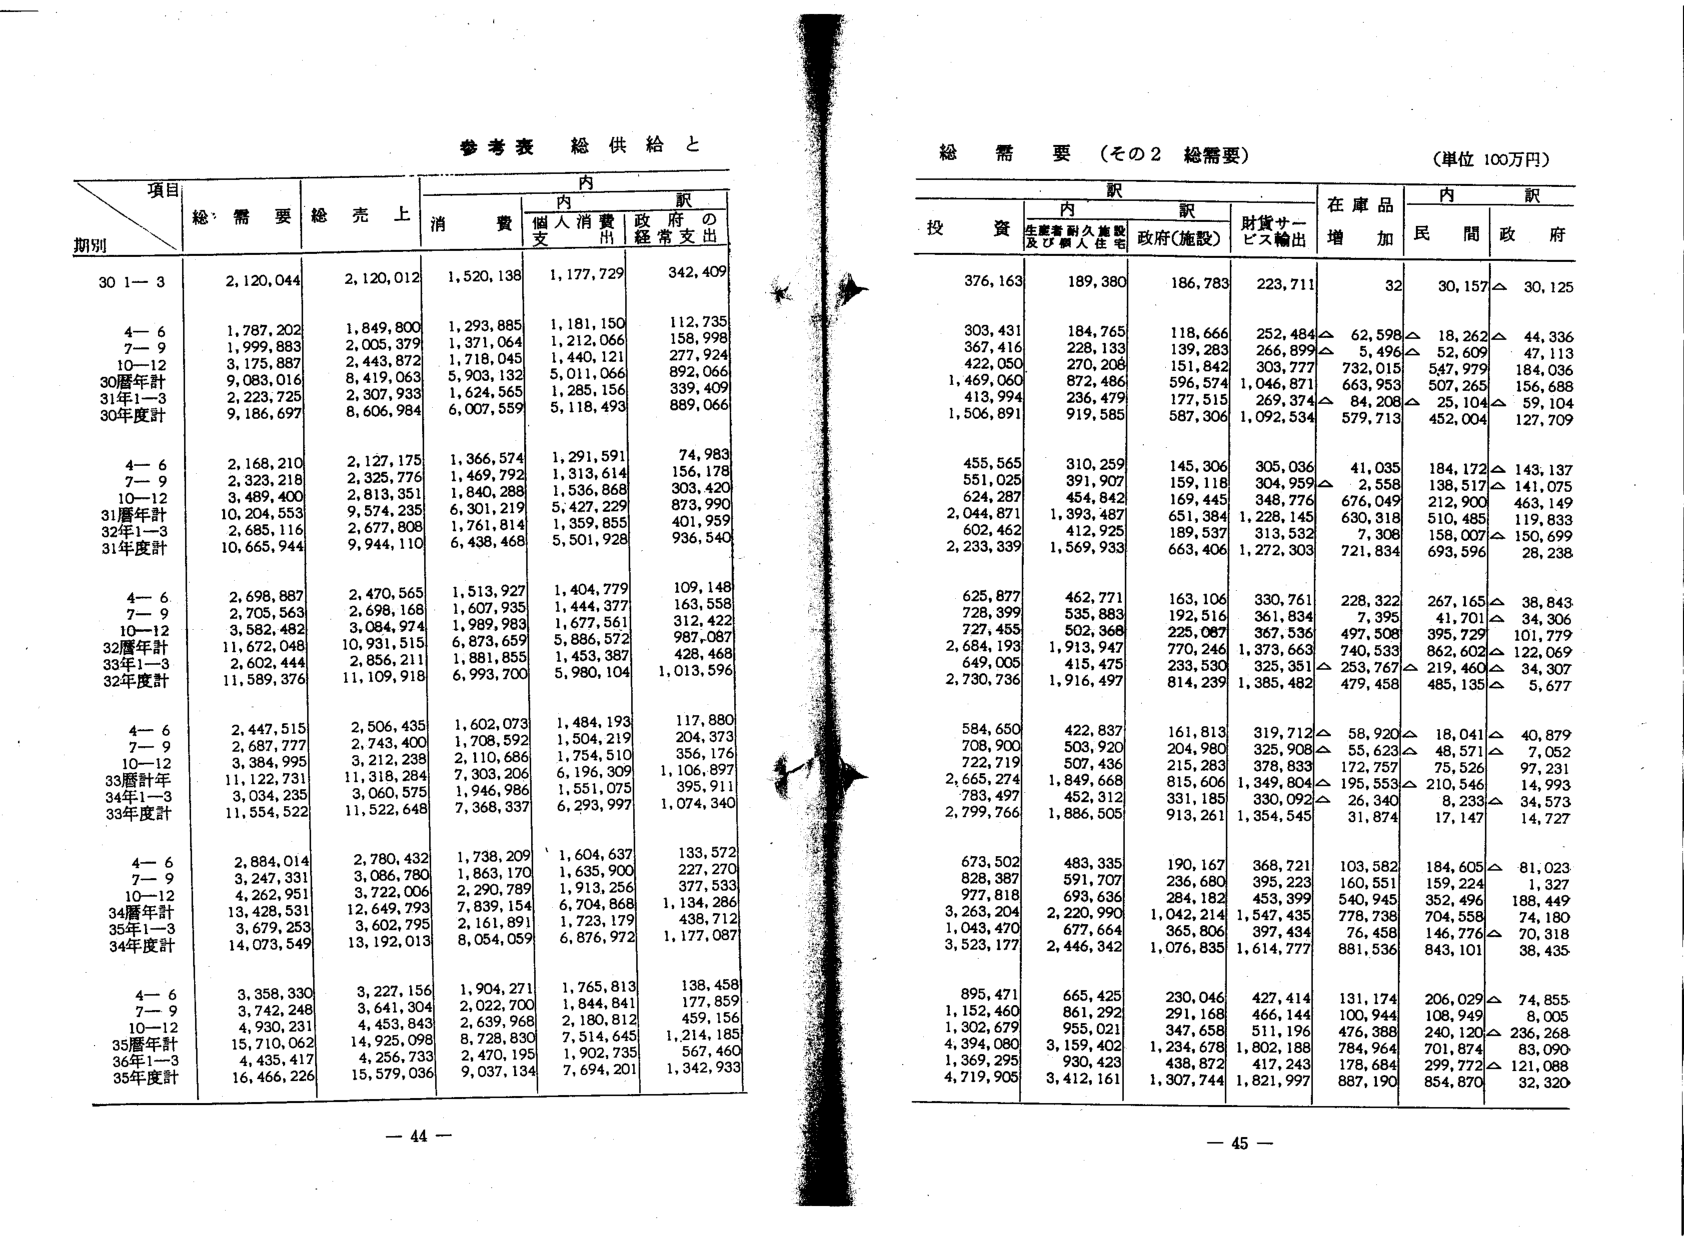
参考表 総供給と

項目
期別
総需要
総売上
内訳
消費
個人消費支出
政府の経常支出

30年1-3
2,120,044
2,120,012
1,520,138
1,177,729
342,409

4-6
1,787,202
1,849,800
1,293,885
1,181,150
112,735

7-9
1,999,883
2,005,379
1,371,064
1,212,066
158,998

10-12
3,175,887
2,443,872
1,718,045
1,440,121
277,924

30暦年計
9,083,016
8,419,063
5,903,132
5,011,066
892,066

31年1-3
2,223,725
2,307,933
1,624,565
1,285,156
339,409

30年度計
9,186,697
8,606,984
6,007,559
5,118,493
889,066

4-6
2,168,210
2,127,175
1,366,574
1,291,591
74,983

7-9
2,323,218
2,325,776
1,469,792
1,313,614
156,178

10-12
3,489,400
2,813,351
1,840,288
1,536,868
303,420

31暦年計
10,204,553
9,574,233
6,301,219
5,427,229
873,990

32年1-3
2,685,116
2,677,808
1,761,814
1,359,855
401,959

31年度計
10,665,944
9,944,110
6,438,468
5,501,928
936,540

4-6
2,698,887
2,470,565
1,513,927
1,404,779
109,148

7-9
2,705,563
2,698,168
1,607,935
1,444,377
163,558

10-12
3,582,482
3,084,974
1,989,983
1,677,561
312,422

32暦年計
11,672,048
10,931,515
6,873,659
5,886,572
987,087

33年1-3
2,602,444
2,856,211
1,881,855
1,453,387
428,468

32年度計
11,589,376
11,109,918
6,993,700
5,980,104
1,013,596

4-6
2,447,515
2,506,435
1,602,073
1,484,193
117,880

7-9
2,687,777
2,743,400
1,708,592
1,504,219
204,373

10-12
3,384,995
3,212,238
2,110,686
1,754,510
356,176

33暦年計
11,122,731
11,318,284
7,303,206
6,196,309
1,106,897

34年1-3
3,034,235
3,060,575
1,946,986
1,551,075
395,911

33年度計
11,554,522
11,522,648
7,368,337
6,293,997
1,074,340

4-6
2,884,014
2,780,432
1,738,209
1,604,637
133,572

7-9
3,247,331
3,086,780
1,863,170
1,635,900
227,270

10-12
4,262,951
3,722,006
2,290,789
1,913,256
377,533

34暦年計
13,428,531
12,649,793
7,839,154
6,704,868
1,134,286

35年1-3
3,679,253
3,602,795
2,161,891
1,723,179
438,712

34年度計
14,073,549
13,192,013
8,054,059
6,876,972
1,177,087

4-6
3,358,330
3,227,156
1,904,271
1,765,813
138,458

7-9
3,742,248
3,641,304
2,022,700
1,844,841
177,859

10-12
4,930,231
4,453,843
2,639,968
2,180,812
459,156

35暦年計
15,710,062
14,925,098
8,728,830
7,514,645
1,214,185

36年1-3
4,435,417
4,256,733
2,470,195
1,902,735
567,460

35年度計
16,466,226
15,579,036
9,037,134
7,694,201
1,342,933

- 44 -

総需要（その2 総需要）
（単位 100万円）

投 資
内訳
生産者耐久施設及び個人住宅
政府（施設）
財貨サービス輸出
在庫品増加
内訳
民間
政府

376,163
189,380
186,783
223,711
32
30,157△
30,125

303,431
184,765
118,666
252,484△
62,598△
18,262△
44,336

367,416
228,133
139,283
266,899△
5,496△
52,609
47,113

422,050
270,208
151,842
303,777
732,015
547,979
184,036

1,469,060
872,486
596,574
1,046,871
663,953
507,265
156,688

413,994
236,479
177,515
269,374△
84,208△
25,104△
59,104

1,506,891
919,585
587,306
1,092,534
579,713
452,004
127,709

455,565
310,259
145,306
305,036
41,035
184,172△
143,137

551,025
391,907
159,118
304,959△
2,558
138,517△
141,075

624,287
454,842
169,445
348,776
497,049
212,900
463,149

2,044,871
1,393,487
651,384
1,228,145
630,318
510,485
119,833

602,462
412,925
189,537
313,532
7,308
158,007△
150,699

2,233,339
1,569,933
663,406
1,272,303
721,834
693,596
28,238

625,877
462,771
163,106
330,761
228,322
267,165△
38,843

728,399
535,883
192,516
361,834
7,395
41,701△
34,306

727,455
502,368
225,087
367,536
497,508
395,729
101,779

2,684,193
1,913,947
770,246
1,373,663
740,533
862,602△
122,069

649,005
415,475
233,530
325,351△
253,767△
219,460
34,307

2,730,736
1,916,497
814,239
1,385,482
479,458
485,135△
5,677

584,650
422,837
161,813
319,712△
58,920△
18,041△
40,879

708,900
503,920
204,980
325,908△
55,623△
48,571△
7,052

722,719
507,436
215,283
378,833
172,757
75,526
97,231

2,665,274
1,849,668
815,606
1,349,804△
195,553△
210,546
14,993

783,497
452,312
331,185
330,092△
26,340
8,233△
34,573

2,799,766
1,886,505
913,261
1,354,545
31,874
17,147
14,727

673,502
483,335
190,167
368,721
103,582
184,605△
81,023

828,387
591,707
236,680
395,223
160,551
159,224
1,327

977,818
693,636
284,182
453,399
540,945
352,496
188,449

3,263,204
2,220,990
1,042,214
1,547,435
778,738
704,558
74,180

1,043,470
677,664
365,806
397,434
76,458
146,776△
70,318

3,523,177
2,446,342
1,076,835
1,614,777
881,536
843,101
38,435

895,471
665,425
230,046
427,414
131,174
206,029△
74,855

1,152,460
861,292
291,168
466,144
100,944
108,949
8,005

1,302,679
955,021
347,658
511,196
476,388
240,120△
236,268

4,394,080
3,159,402
1,234,678
1,802,188
784,964
701,874
83,090

1,369,295
930,423
438,872
417,243
178,684
299,772△
121,088

4,719,905
3,412,161
1,307,744
1,821,997
887,190
854,870
32,320

- 45 -